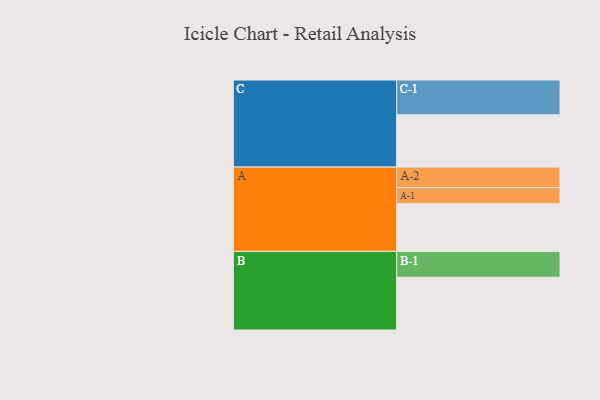
{"axis": {"x": "Segment", "y": "Value"}, "legend": ["", "A", "B", "C"], "data": [{"x": "A", "y": 410, "type": ""}, {"x": "B", "y": 453, "type": ""}, {"x": "C", "y": 449, "type": ""}, {"x": "A-1", "y": 137, "type": "A"}, {"x": "A-2", "y": 177, "type": "A"}, {"x": "B-1", "y": 222, "type": "B"}, {"x": "C-1", "y": 299, "type": "C"}]}